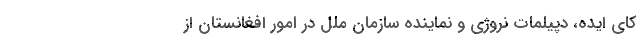
كاي ايده، دپيلمات نروژي و نماينده سازمان ملل در امور افغانستان از